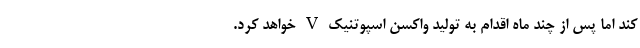
کند اما پس از چند ماه اقدام به تولید واکسن اسپوتنیک V خواهد کرد.